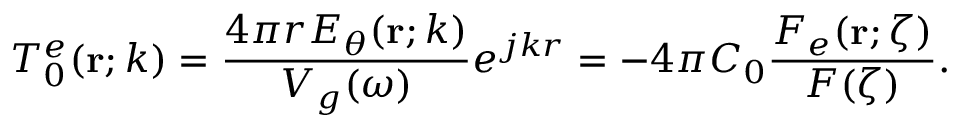
T _ { 0 } ^ { e } ( { \bf r } ; k ) = \frac { 4 \pi r E _ { \theta } ( { \bf r } ; k ) } { V _ { g } ( \omega ) } e ^ { j k r } = - 4 \pi C _ { 0 } \frac { F _ { e } ( { \bf r } ; \zeta ) } { F ( \zeta ) } .